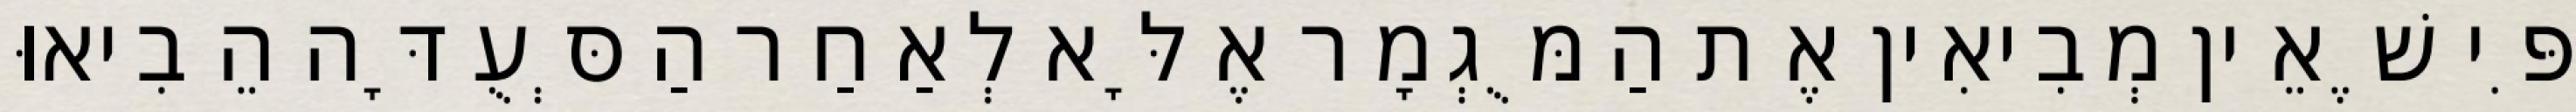
פִּי שֶׁאֵין מְבִיאִין אֶת הַמֻּגְמָר אֶלָּא לְאַחַר הַסְּעֻדָּה הֵבִיאוּ